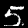
Label: 5